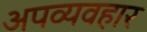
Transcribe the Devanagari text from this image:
अपव्यवहार